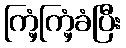
ကြံ့ကြံ့ခံပြီး